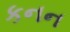
કનન